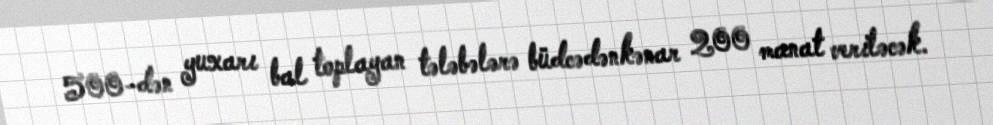
500-dən yuxarı bal toplayan tələbələrə büdcədənkənar 200 manat veriləcək.